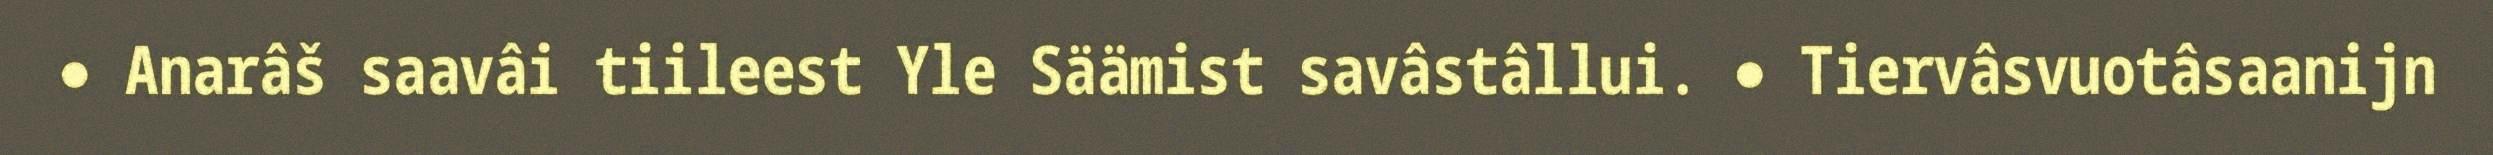
● Anarâš saavâi tiileest Yle Säämist savâstâllui. ● Tiervâsvuotâsaanijn